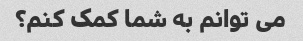
می توانم به شما کمک کنم؟